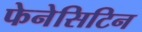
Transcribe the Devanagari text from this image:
फेनेसिटिन